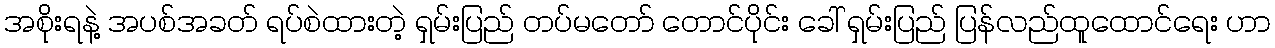
အစိုးရနဲ့ အပစ်အခတ် ရပ်စဲထားတဲ့ ရှမ်းပြည် တပ်မတော် တောင်ပိုင်း ခေါ် ရှမ်းပြည် ပြန်လည်ထူထောင်ရေး ဟာ